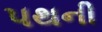
પથની